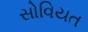
સોવિયત